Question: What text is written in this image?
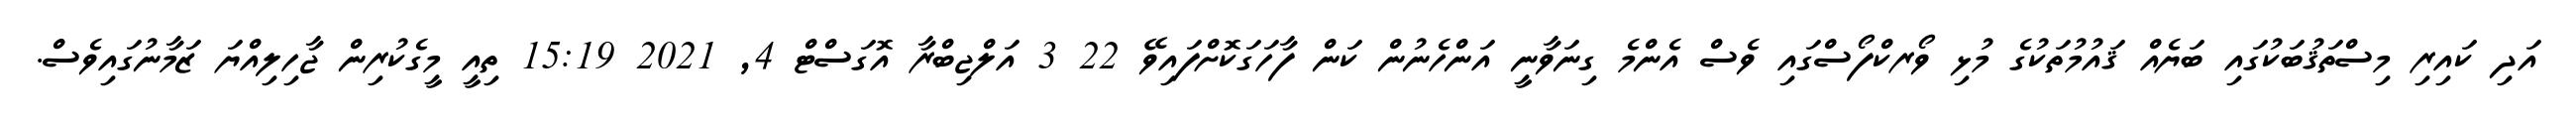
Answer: އަދި ކައިރި މިސްތަޤުބަކުގައި ބަޔެއް ޤައުމުތަކުގެ މުޅި ވޯރކްފޯސްގައި ވެސް އެންމެ ގިނަވާނީ އަންހެނުން ކަން ފާހަގަކޮށްފައިވޭ 22 3 އަލްޖިބްރާ އޮގަސްޓް 4, 2021 15:19 ތިއީ މީގެކުރިން ޖާހިލިއްޔަ ޒަމާނުގައިވެސް.